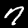
Label: 7